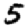
Digit: 5